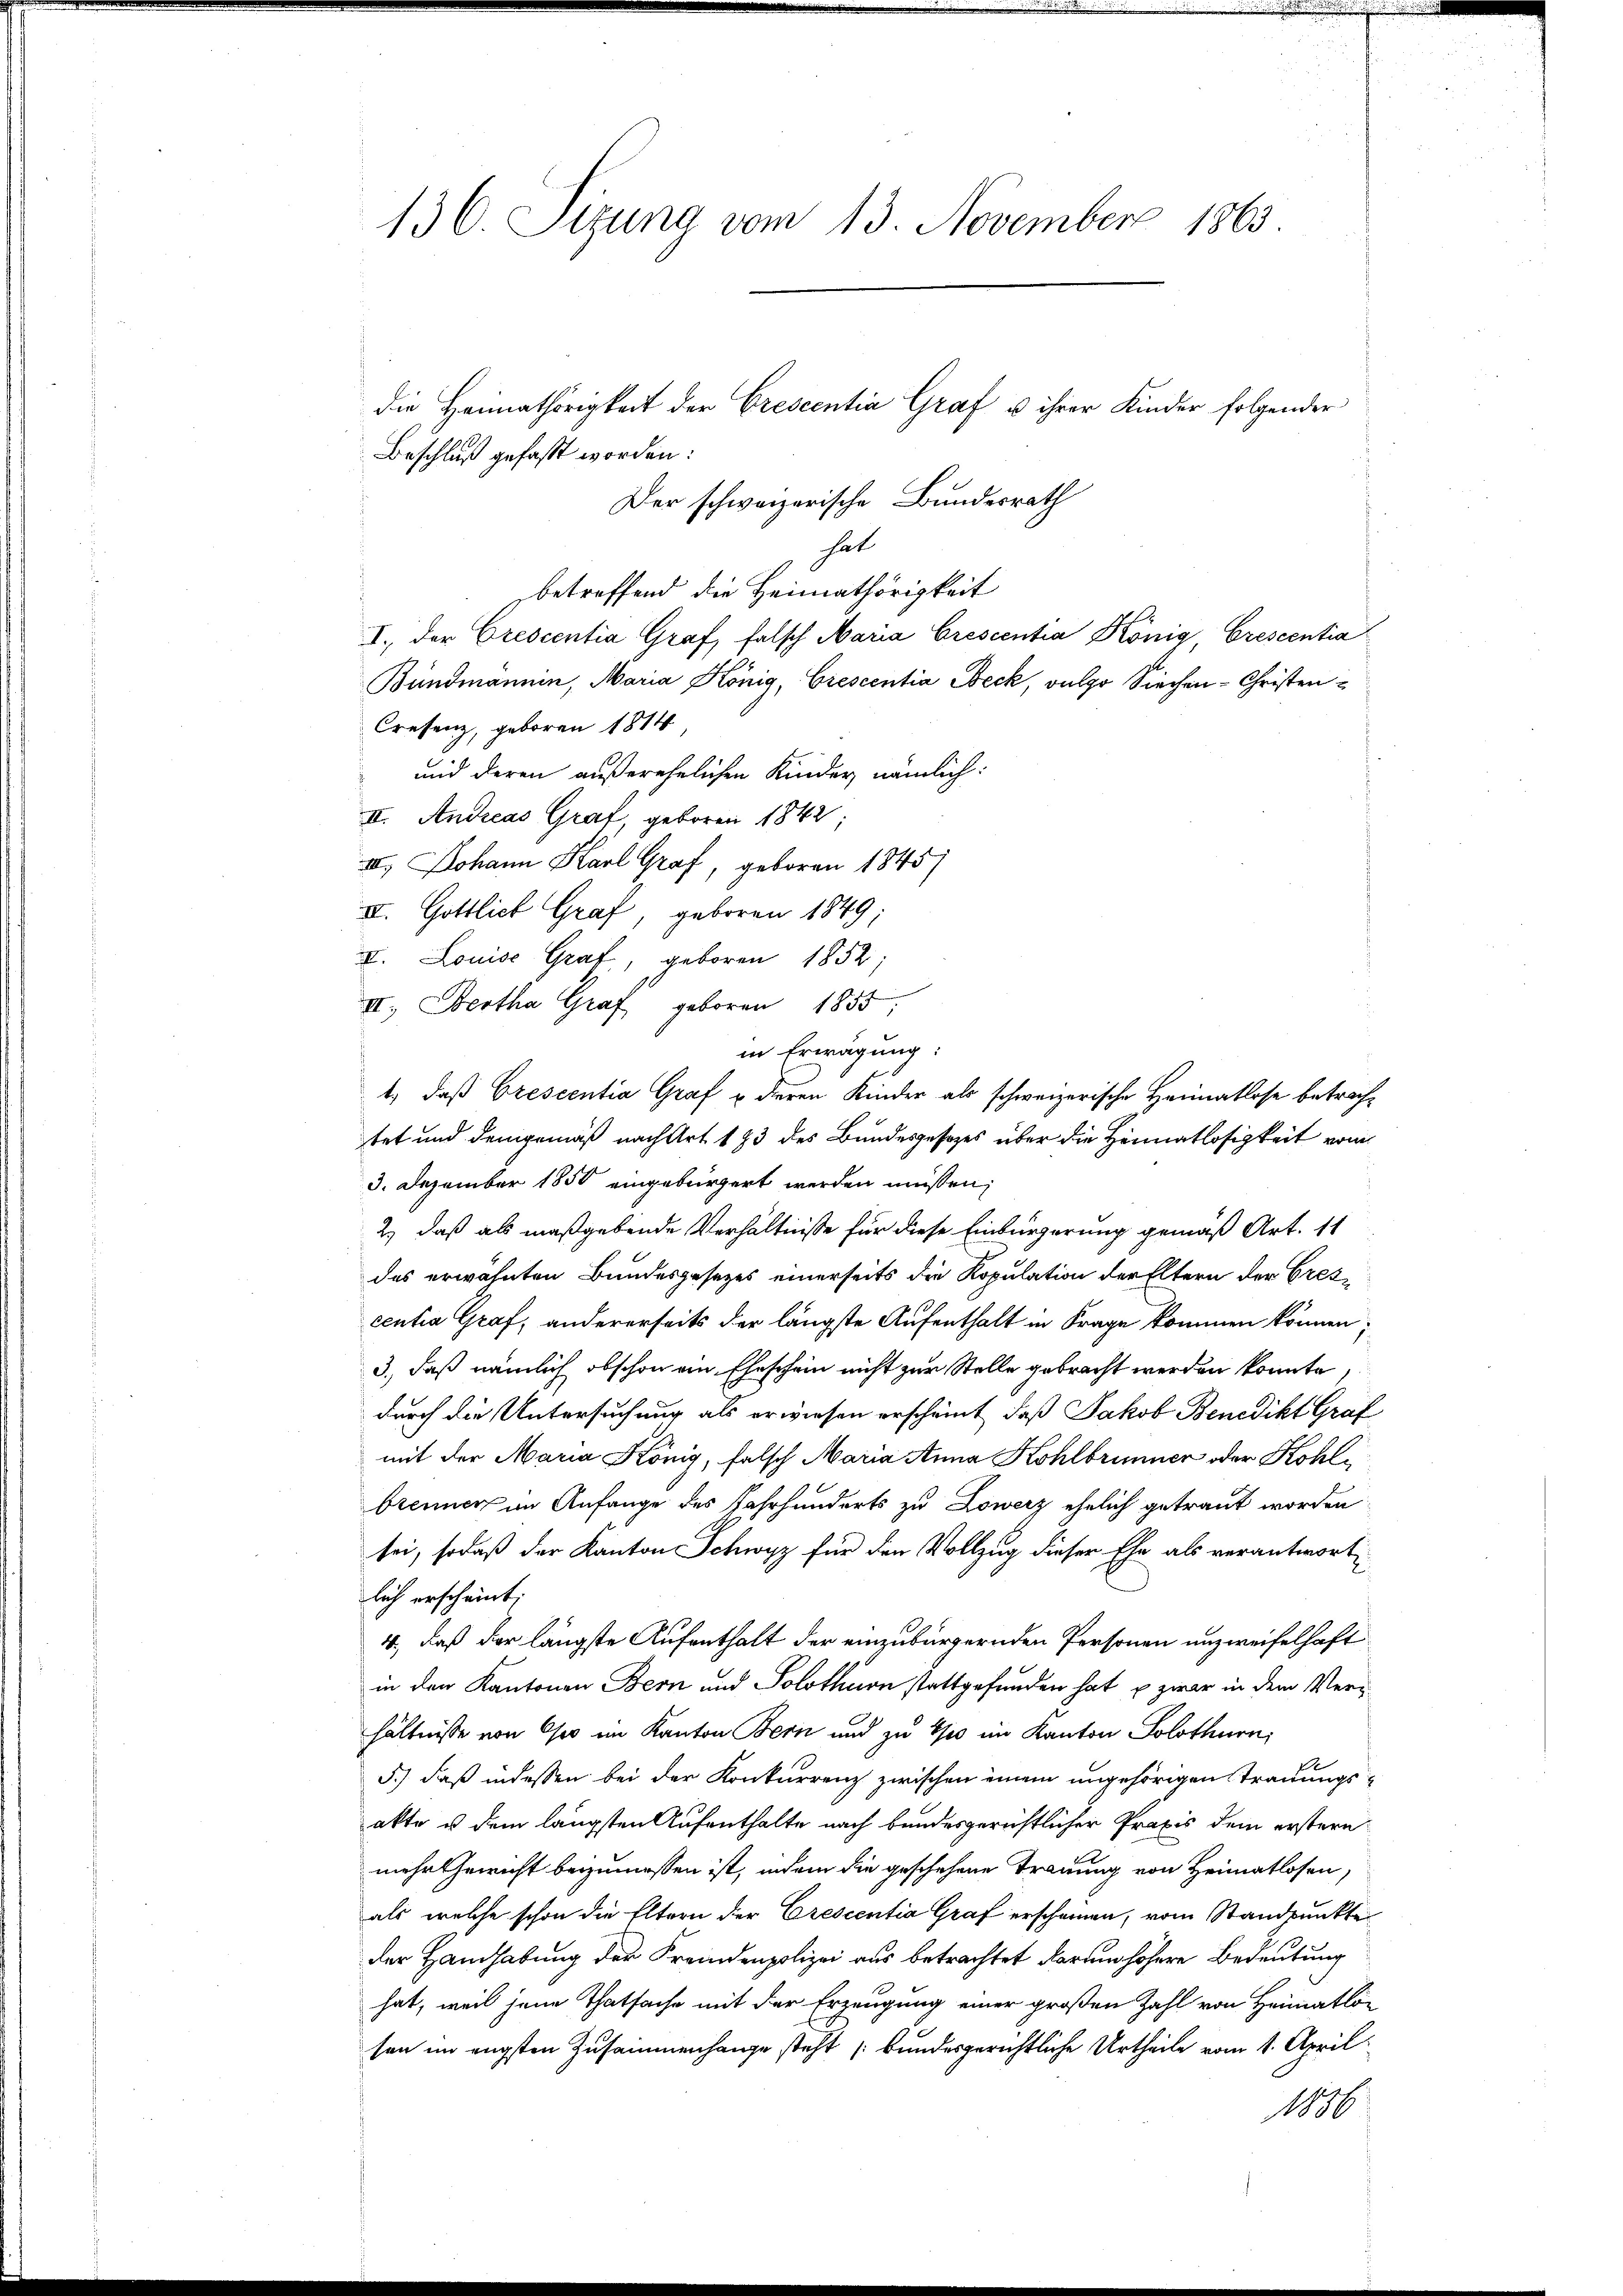
Beschluß gefaßt worden:
Der schweizerische Bundesrath
hat
betreffend die Heimathörigkeit
I. der Crescentia Graf, falsch Maria Grescentia König, Crescentia
Bundmannin, Maria König, Crescentia Beck, vulgo Siechen-Christen¬
Cresenz, geboren 1814
und deren außerehelichen Kinder nämlich:
II. Andreas Graf, geboren 1842;
II.) Johann Karl Graf, geboren 1845)
II. Gottlich Graf, geboren 1849;
II. Louise Graf, geboren 1852;
II. Bertha Graf geboren 1855;
in Erwägung:
1) daß Orescentia Graf u. deren Kinder als schweizerische Heimatlose betrachtet und demgemäß nach Art 183 des Bundesgesezes über die Heimatlosigkeit vom
3. Dezember 1850 eingebürgert werden müssen,
2.) daß als maßgebende Verhältnisse für diese Einbürgerung gemäß Art. 11
des erwähnten Bundesgesetzes einerseits die Kopulation der Eltern der Grescentia Graf, andererseits der längste Aufenthalt in Frage kommen können;
3., daß nämlich obschon ein Eheschein nicht zur Stelle gebracht werden könnte,
durch die Untersuchung als erwiesen erscheint, daß Jakob Benedikt Graf
mit der Maria König, falsch Maria Anna Kohlbrunner oder Kohlbrennen im Anfange des Jahrhunderts zu Lowerz ehelich getraut worden
sei, sodaß der Kanton Schwyz für den Vollzug dieser Ehe als verantwort
lich erscheint;
4., daß der längste Aufenthalt der einzubürgernden Personen unzweifelhaft
in den Kantonen Bern und Solothurn stattgefunden hat, u. zwar in dem Verhältnisse von Opo im Kanton Bern und zu tho im Kanton Solothurn,
5.) daß indessen bei der Konkurrenz zwischen einem ungehörigen Trauungsakte u dem längsten Aufenthalte nach bundesgerichtlicher Praxis dem erstern
mehr Gewicht beizumessen ist, indem die geschehene Trauung von Heimatlosen,
als welche schon die Eltern der Crescentia Graf erscheinen, vom Standpunkte
der Handhabung der Fremdenpolizei aus betrachtet darum höhere Bedeutung
hat, weil jene Thatsache mit der Erzeugung einer großen Zahl von Heimatlon
sen im engsten Zusammenhange steht (Bundesgerichtliche Urtheile vom 1. April
1886

136. Sizung vom 13. November 1863

die Heimathörigkeit der Crescentia Graf u ihrer Kinder folgender